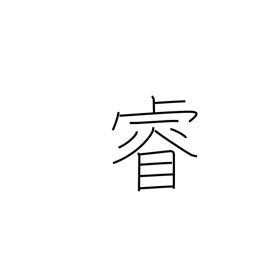
Meaning: intelligence